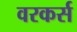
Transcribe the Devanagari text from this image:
वरकर्स